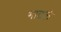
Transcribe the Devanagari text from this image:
भाटले